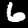
Digit: 6